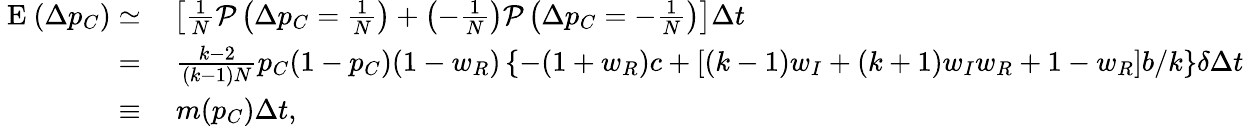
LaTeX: \begin{array}{rl}{\mathrm{~E~}(\Delta p_{C})\simeq}&{{}\left[\frac{1}{N}\mathcal{P}\left(\Delta p_{C}=\frac{1}{N}\right)+\left(-\frac{1}{N}\right)\mathcal{P}\left(\Delta p_{C}=-\frac{1}{N}\right)\right]\Delta t}\\ {=}&{{}~\frac{k-2}{(k-1)N}p_{C}(1-p_{C})(1-w_{R})\left\{ -(1+w_{R})c+[(k-1)w_{I}+(k+1)w_{I}w_{R}+1-w_{R}]b/k\right\} \delta\Delta t}\\ {\equiv}&{{}~m(p_{C})\Delta t,}\end{array}